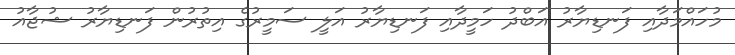
މުހައްމަދާއި ފަނޑިޔާރު އަބްދު ހަމީދާއި ފަނޑިޔާރު އަލީ ސަމީރުގެ އިތުރުން ފަނޑިޔާރު ޝުޖާއު